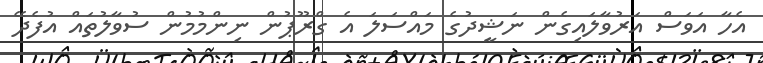
އެހާ އަވަސް އަރުވާލައިގެން ނަޝީދުގެ މައްސަލަ އެ ގްރޫޕުން ނިންމުމުން ސުވާލުތައް އުފެދޭ